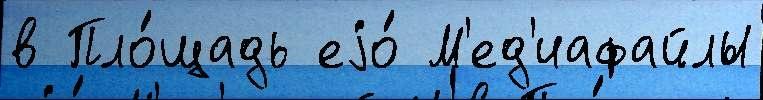
в Пло́щадь еjо́ М'ед'иафайлы